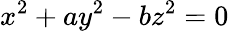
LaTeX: x^{2}+ay^{2}-bz^{2}=0